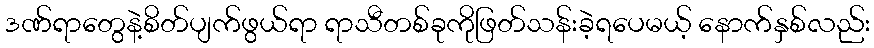
ဒဏ်ရာတွေနဲ့စိတ်ပျက်ဖွယ်ရာ ရာသီတစ်ခုကိုဖြတ်သန်းခဲ့ရပေမယ့် နောက်နှစ်လည်း